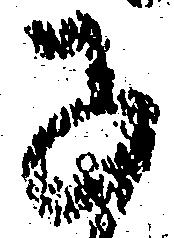
子